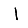
Digit: 1